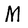
Character: M